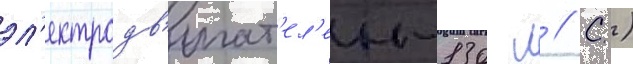
эл'ектродв'игат'ел'еи-130 л // С.)